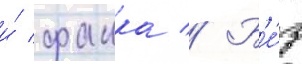
и́ фанка // Б'е́з